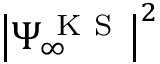
\big | \Psi _ { \infty } ^ { \mathrm { ~ K ~ S ~ } } \big | ^ { 2 }